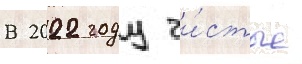
В 2022 году чи́стые